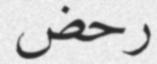
رحض